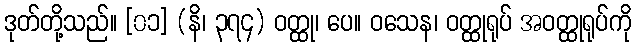
ဒုတ်တို့သည်။ [၀၁] (နိ၊ ၃၇၄) ဝတ္ထု၊ ပေ။ ဝသေန၊ ဝတ္ထုရုပ် အဝတ္ထုရုပ်ကို